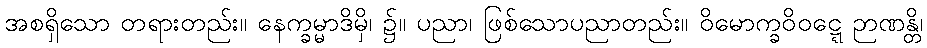
အစရှိသော တရားတည်း။ နေက္ခမ္မာဒိမှိ၊ ၌။ ပညာ၊ ဖြစ်သောပညာတည်း။ ဝိမောက္ခဝိဝဋ္ဋေ ဉာဏန္တိ၊